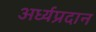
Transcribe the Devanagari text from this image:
अर्ध्यप्रदान